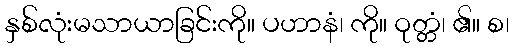
နှစ်လုံးမသာယာခြင်းကို။ ပဟာနံ၊ ကို။ ဝုတ္တံ၊ ၏။ စ၊